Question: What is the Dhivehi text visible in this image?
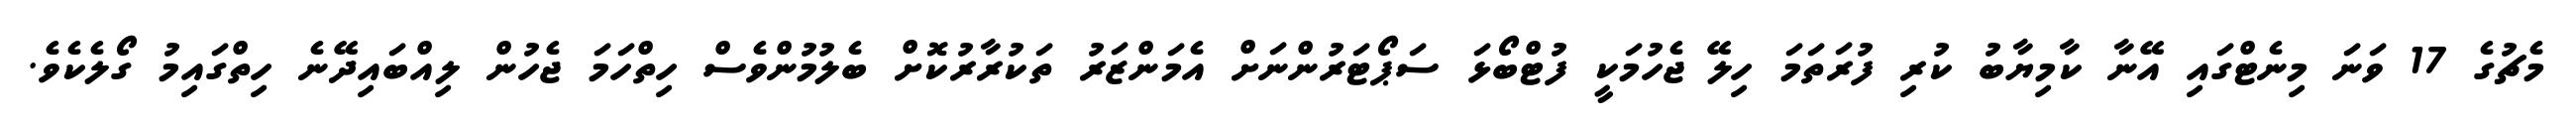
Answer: މެޗުގެ 17 ވަނަ މިނެޓްގައި އޭނާ ކާމިޔާބު ކުރި ފުރަތަމަ ހިލޭ ޖެހުމަކީ ފުޓްބޯޅަ ސަޕޯޓަރުންނަށް އެމަންޒަރު ތަކުރާރުކޮށް ބެލުމުންވެސް ހިތްހަމަ ޖެހުން ލިއްބައިދޭނެ ހިތްގައިމު ގޯލެކެވެ.